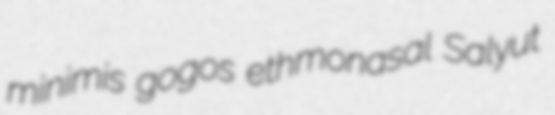
minimis gogos ethmonasal Salyut